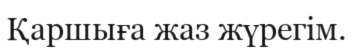
Қаршыға жаз жүрегім.